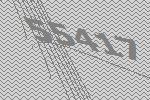
55417